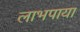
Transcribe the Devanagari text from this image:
लाभपाया